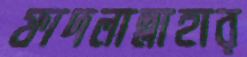
ফাদলাল্লাহার